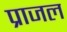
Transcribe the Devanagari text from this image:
प्राजल